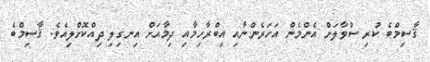
ޤާސިމްބެ ކުރި ސުވާލަށް އެންމެން އަހަރެންނާއި އިބްރާހިމާއި ދިމާއަށް އިނގިލި ދިއްކޮށްލިއެވެ. ޤާސިމްބެ